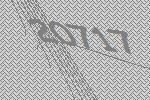
20717